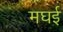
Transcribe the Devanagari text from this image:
मघई